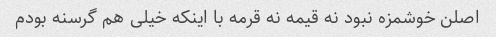
اصلن خوشمزه نبود نه قیمه نه قرمه با اینکه خیلی هم گرسنه بودم